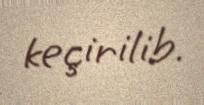
keçirilib.